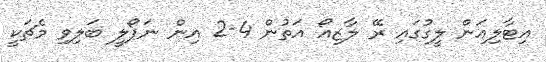
އިޓާލިއަން ލީގުގައި ރޭ ލާޒިއޯ އަތުން 4-2 އިން ނަޕޯލީ ބަލިވި މެޗަކީ